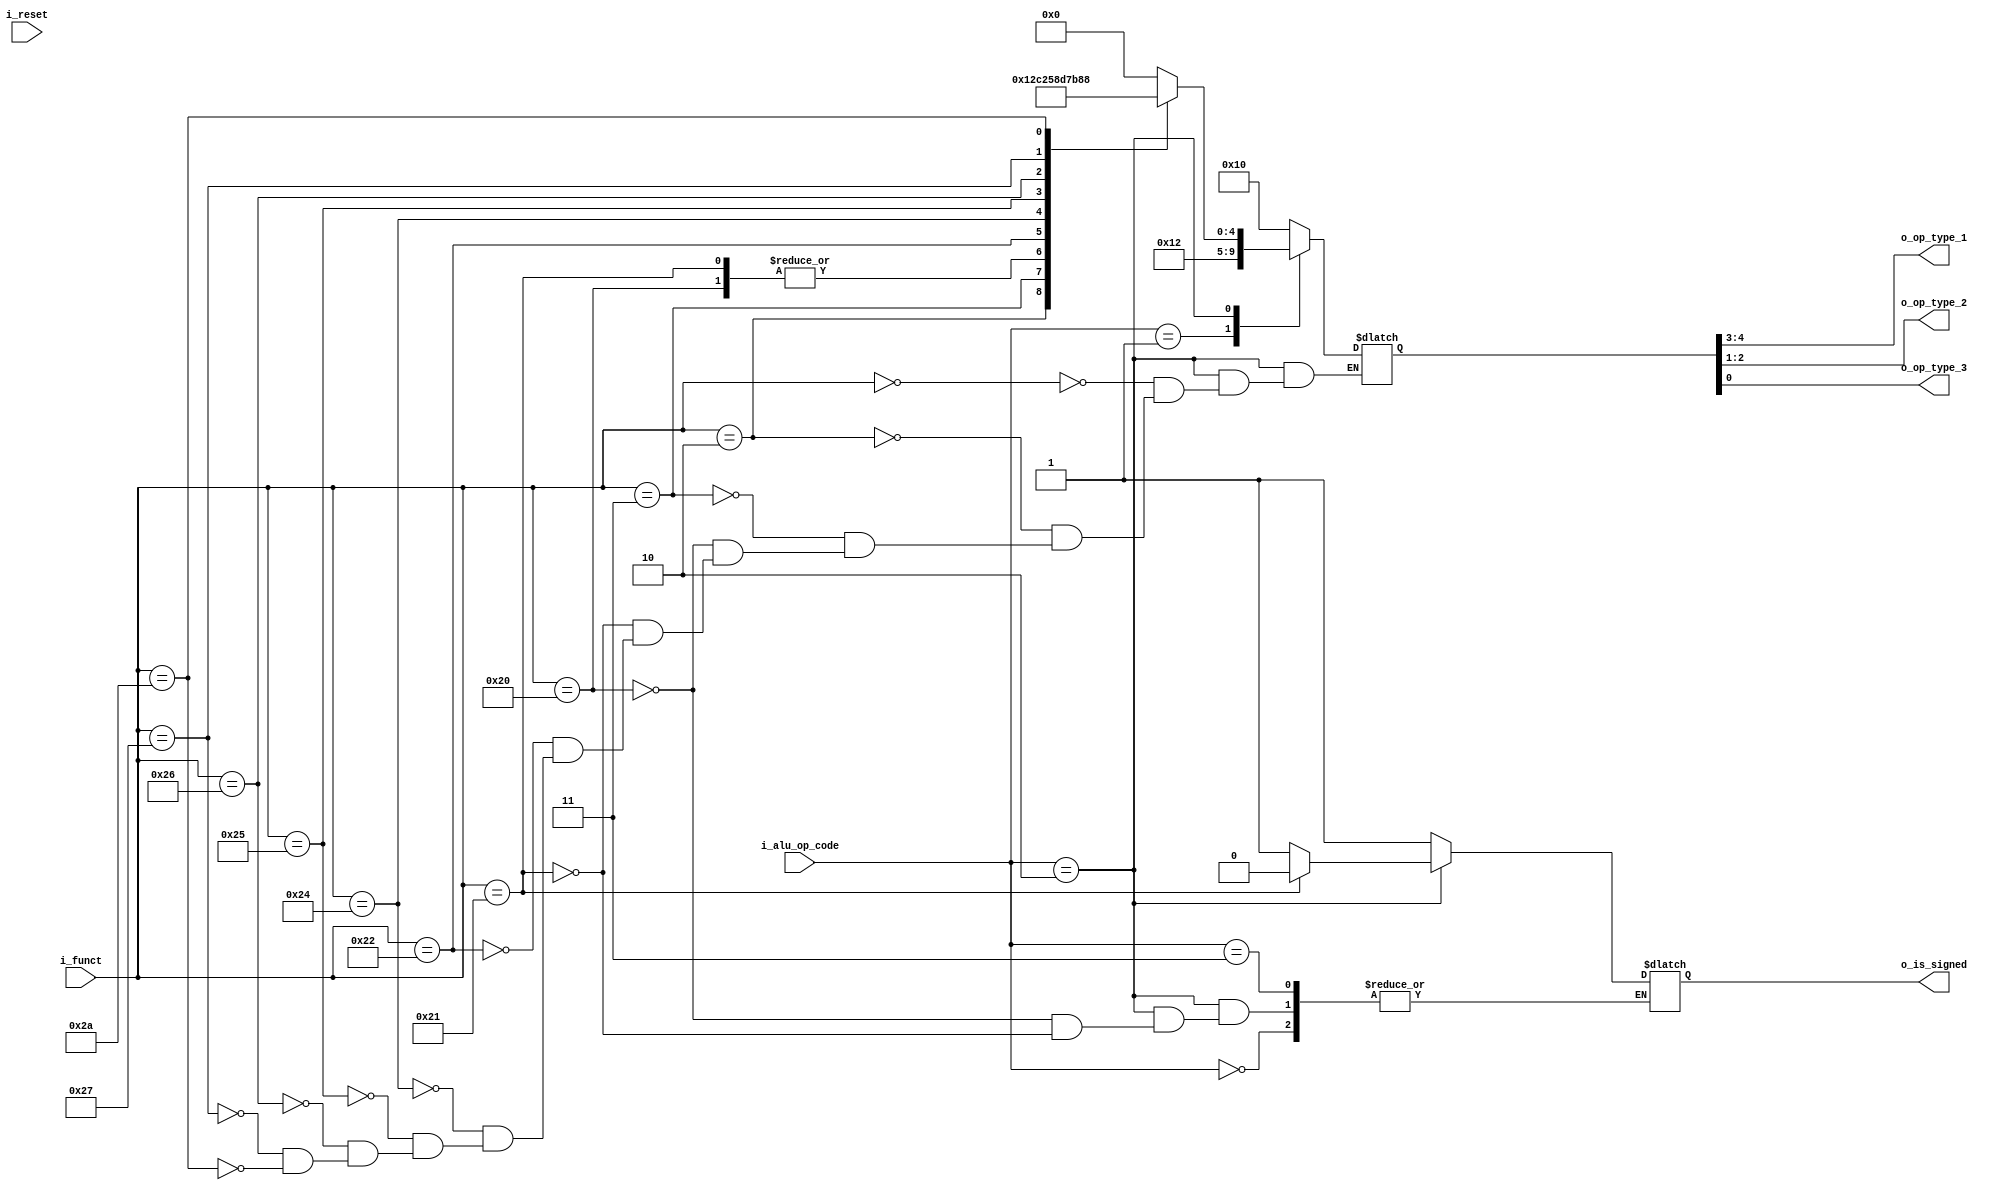
module control_unit_alu_mips  ( i_reset,
				i_alu_op_code,
				i_funct,
				o_op_type_1,
				o_op_type_2,
				o_op_type_3,
				o_is_signed );

input i_reset;

input  [1:0] i_alu_op_code;	/* ALU op-code */

input  [5:0] i_funct;

output [1:0] o_op_type_1;

output [1:0] o_op_type_2;

output o_op_type_3;

output reg o_is_signed;


reg [4:0] alu_control_reg;


assign o_op_type_1 = alu_control_reg[4:3];
assign o_op_type_2 = alu_control_reg[2:1];
assign o_op_type_3 = alu_control_reg[0];


always @* begin
	case (i_alu_op_code)
		2'b00: begin	/* Adder */
			alu_control_reg = 5'b10_00_0;
		end
		
		2'b01: begin	/* Subtractor */
			alu_control_reg = 5'b10_01_0;
			o_is_signed = 1;
		end
		
		2'b10: begin	/* ALU behaviour defines by "funct" field */
			case (i_funct)
				6'h0 : alu_control_reg = 5'b00_00_0;	/* sll */
				6'h2 : alu_control_reg = 5'b00_00_1;	/* srl */
				6'h3 : alu_control_reg = 5'b00_10_1;	/* sra */
				6'h20: begin /* add (signed) */
					alu_control_reg = 5'b10_00_0;
					o_is_signed = 1;
				       end
				6'h21: begin /* addu (unsigned) */
					alu_control_reg = 5'b10_00_0;
					o_is_signed = 0;
				       end
				6'h22: alu_control_reg = 5'b10_01_0;	/* sub */
				6'h24: alu_control_reg = 5'b11_00_0;	/* AND */
				6'h25: alu_control_reg = 5'b11_01_0;	/* OR  */
				6'h26: alu_control_reg = 5'b11_11_0;	/* XOR */
				6'h27: alu_control_reg = 5'b11_10_0;	/* NOR */
				6'h2A: alu_control_reg = 5'b01_00_0;	/* SLT */
			endcase
		end
		
		2'b11: begin	/* forbidden value - I set it as Adder */
			alu_control_reg = 5'b10_00_0;
		end
	endcase
	
	
end

endmodule